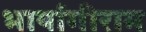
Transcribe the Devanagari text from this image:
भार्यागीराम